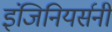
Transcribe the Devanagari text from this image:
इंजिनियर्सनी